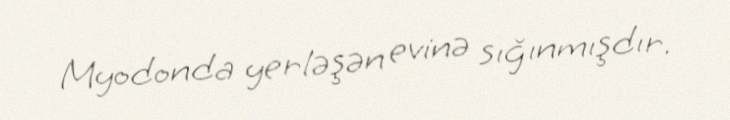
Myodonda yerləşən evinə sığınmışdır.